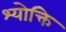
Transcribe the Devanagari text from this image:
श्योक्ति